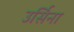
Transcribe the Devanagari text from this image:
उर्सिना